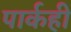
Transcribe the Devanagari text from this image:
पार्कही